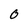
Character: 0